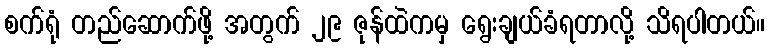
စက်ရုံ တည်ဆောက်ဖို့ အတွက် ၂၉ ဇုန်ထဲကမှ ရွေးချယ်ခံရတာလို့ သိရပါတယ်။